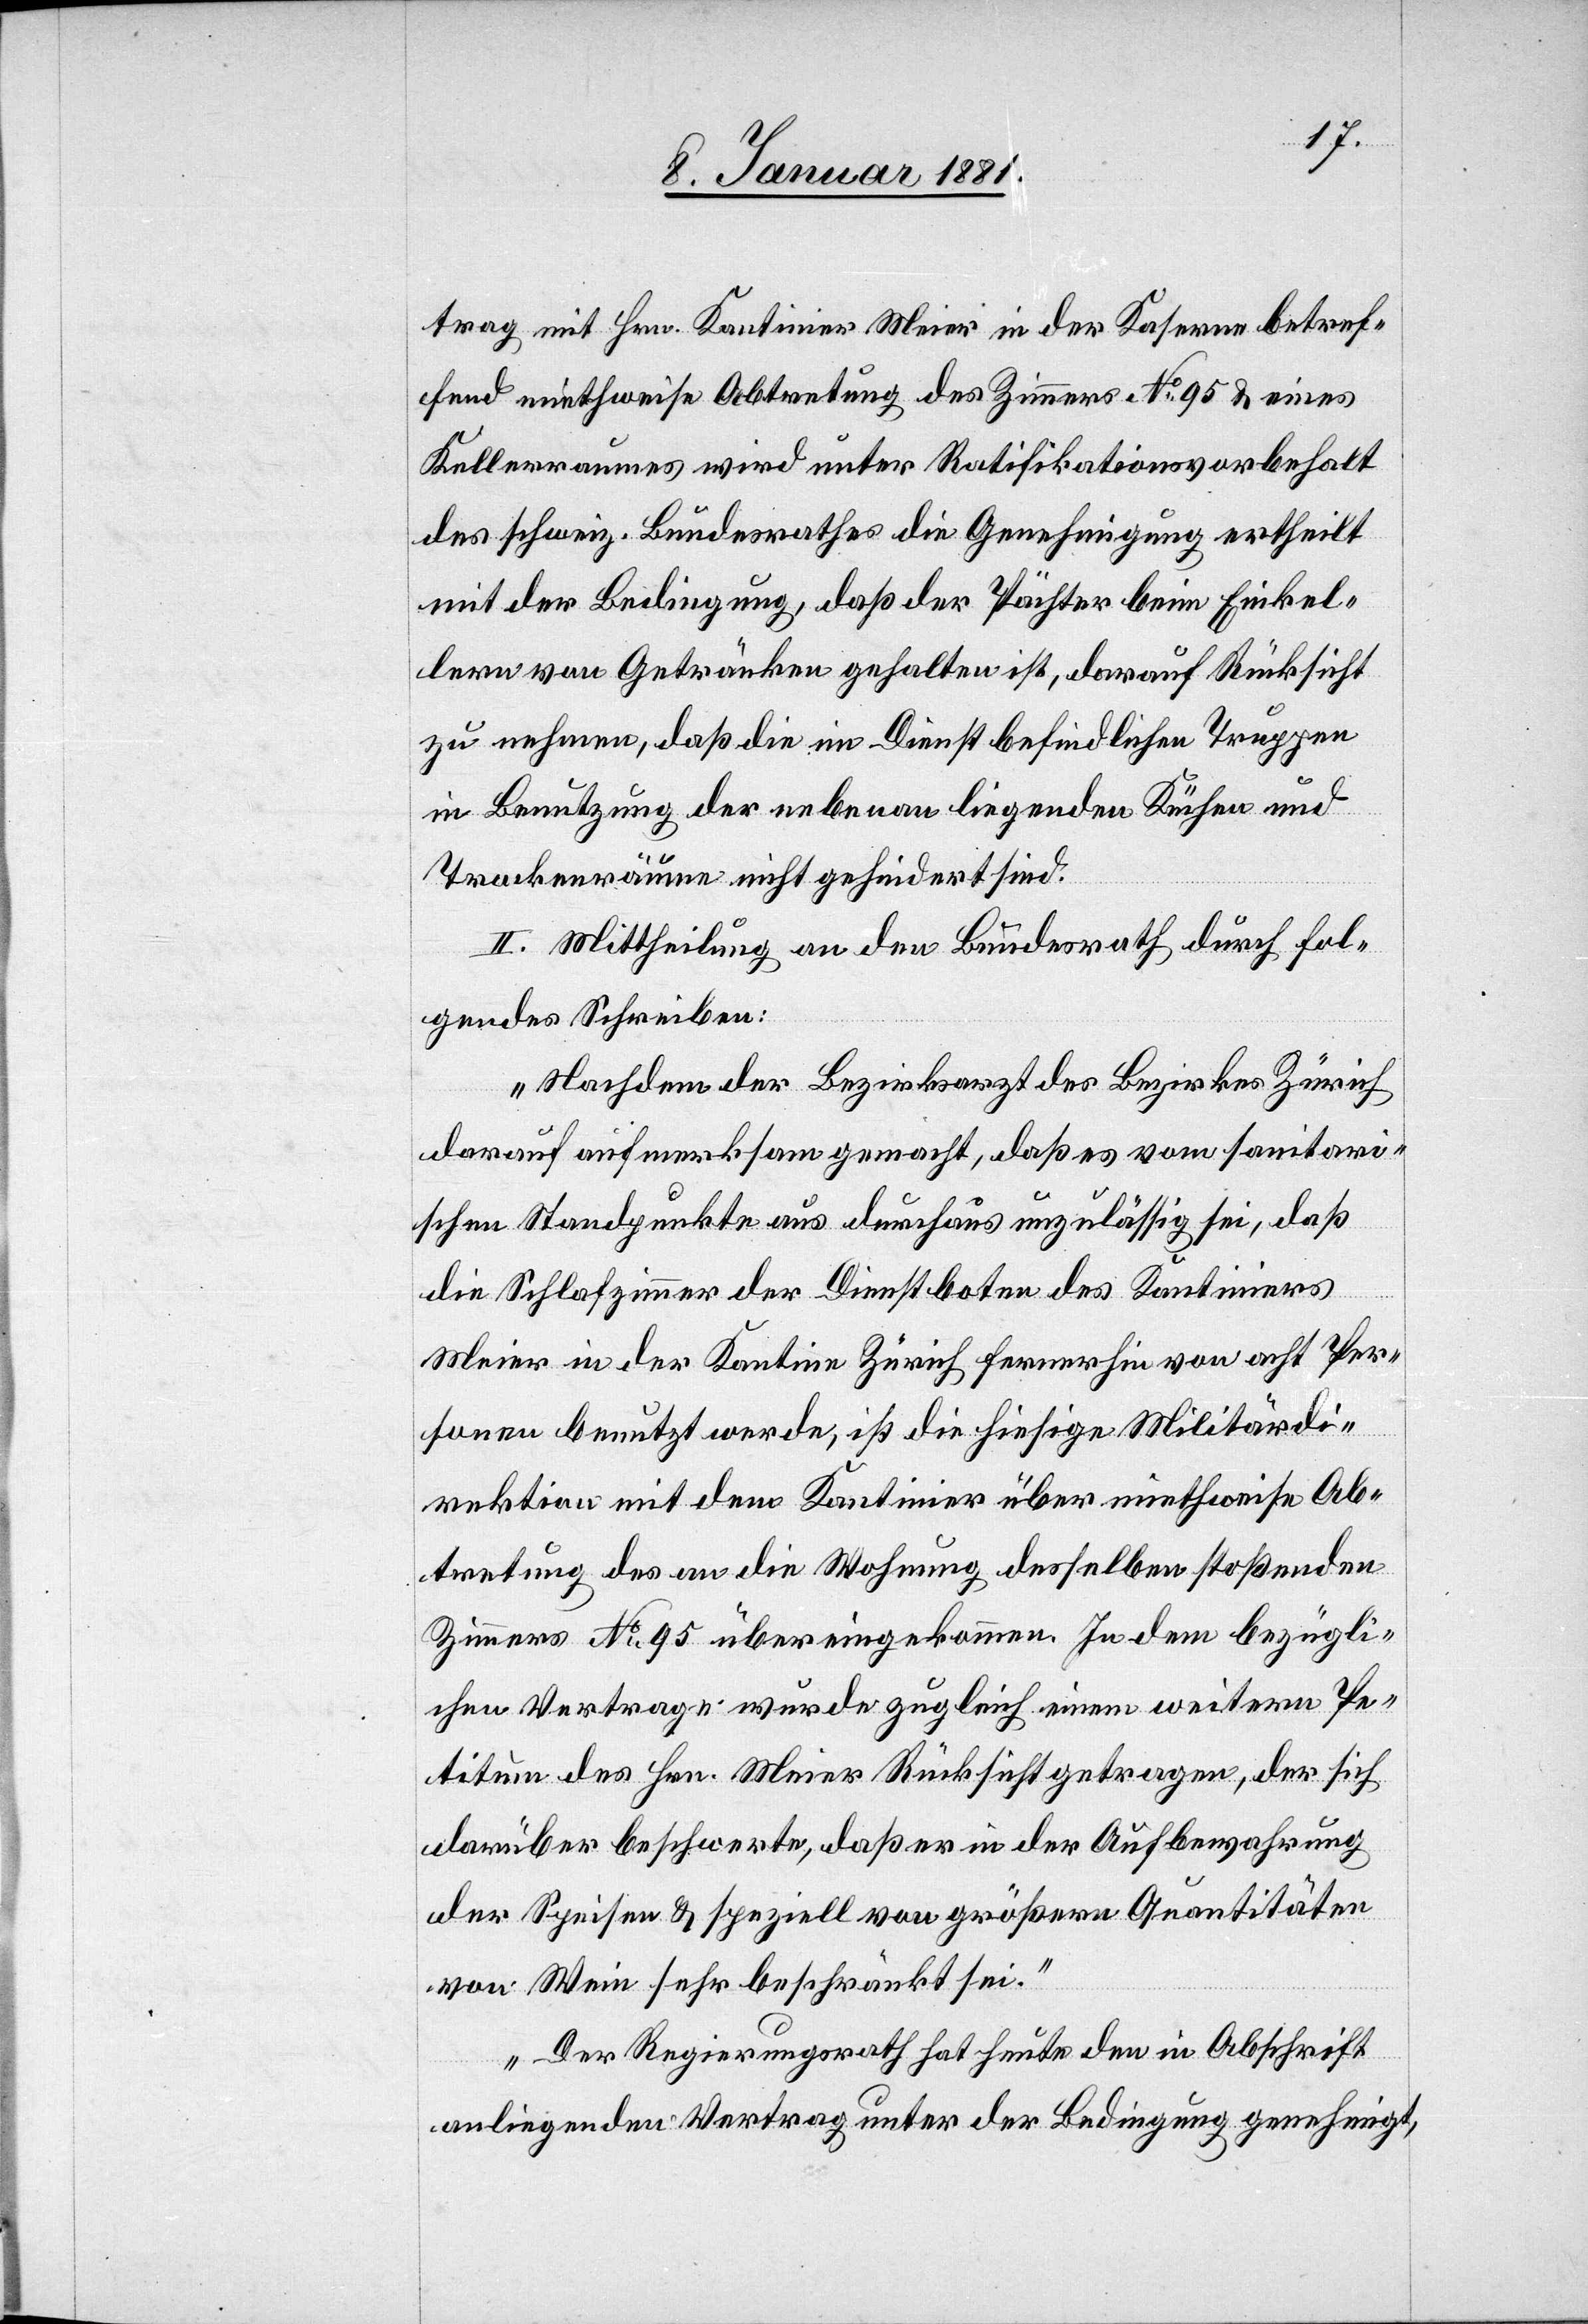
trag mit Hrn. Kantinier Meier in der Kaserne betref¬
fend miethweise Abtretung des Zimmers No 95 & eines
Kellerraumes wird unter Ratifikationsvorbehalt
des schweiz. Bundesrathes die Genehmigung ertheilt
mit der Bedingung, daß der Pächter beim Einkel¬
lern von Getränkten gehalten ist, darauf Rücksicht
zu nehmen, daß die im Dienst befindlichen Truppen
in Benutzung der nebenan liegenden Küchen und
Trockenräume nicht gehindert sind.
II. Mittheilung an den Bundesrath durch fol¬
gendes Schreiben:
„Nachdem der Bezirksarzt des Bezirkes Zürich
darauf aufmerksam gemacht, daß es vom sanitari¬
schen Standpunkte aus durchaus unzulässig sei, daß
die
das] Schlafzimmer der Dienstboten des Kantiniers
Meier in der Kantine Zürich fernerhin von acht Per¬
sonen benutzt werde, ist die hiesige Militärdi¬
rektion mit dem Kantinier über miethweise Ab¬
tretung des an die Wohnung desselben stoßenden
Zimmers No 95 übereingekommen. In dem bezügli¬
chen Vertrage wurde zugleich einem weitern Pe¬
titum des Hrn. Meier Rücksicht getragen, der sich
darüber beschwerte, daß er in der Aufbewahrung
der Speisen & speziell von größern Quantitäten
von Wein sehr beschränkt sei.“
„Der Regierungsrath hat heute den in Abschrift
anliegenden Vertrag unter der Bedingung genehmigt,